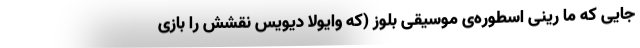
جایی که ما رینی اسطوره‌ی موسیقی بلوز (که وایولا دیویس نقشش را بازی